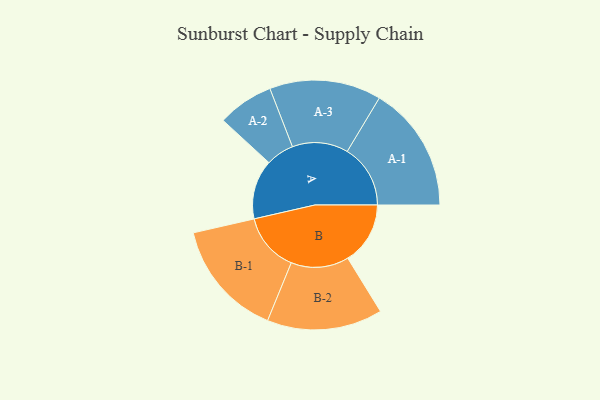
{"axis": {"x": "Segment", "y": "Value"}, "legend": ["", "A", "B"], "data": [{"x": "A", "y": 252, "type": ""}, {"x": "B", "y": 265, "type": ""}, {"x": "A-1", "y": 268, "type": "A"}, {"x": "A-2", "y": 119, "type": "A"}, {"x": "A-3", "y": 237, "type": "A"}, {"x": "B-1", "y": 249, "type": "B"}, {"x": "B-2", "y": 245, "type": "B"}]}